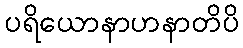
ပရိယောနာဟနာတိပိ